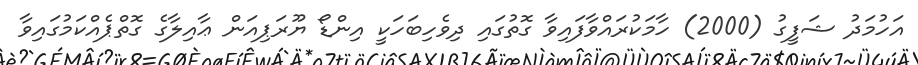
އަހުމަދު ޝަފީގު (2000) ހާމަކުރައްވާފައިވާ ގޮތުގައި ދިވެހިބަހަކީ އިންޑޯ ޔޫރަޕިއަން ޢާއިލާގެ ގޮތްޕެއްކަމުގައިވާ